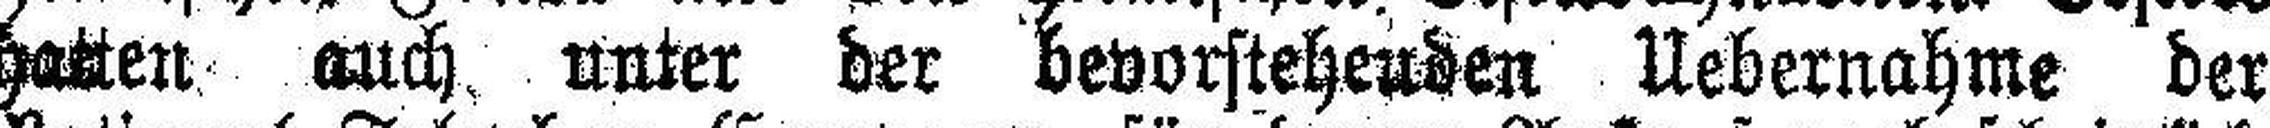
hatten auch unter der bevorsteheuden Uebernahme der